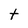
Character: t